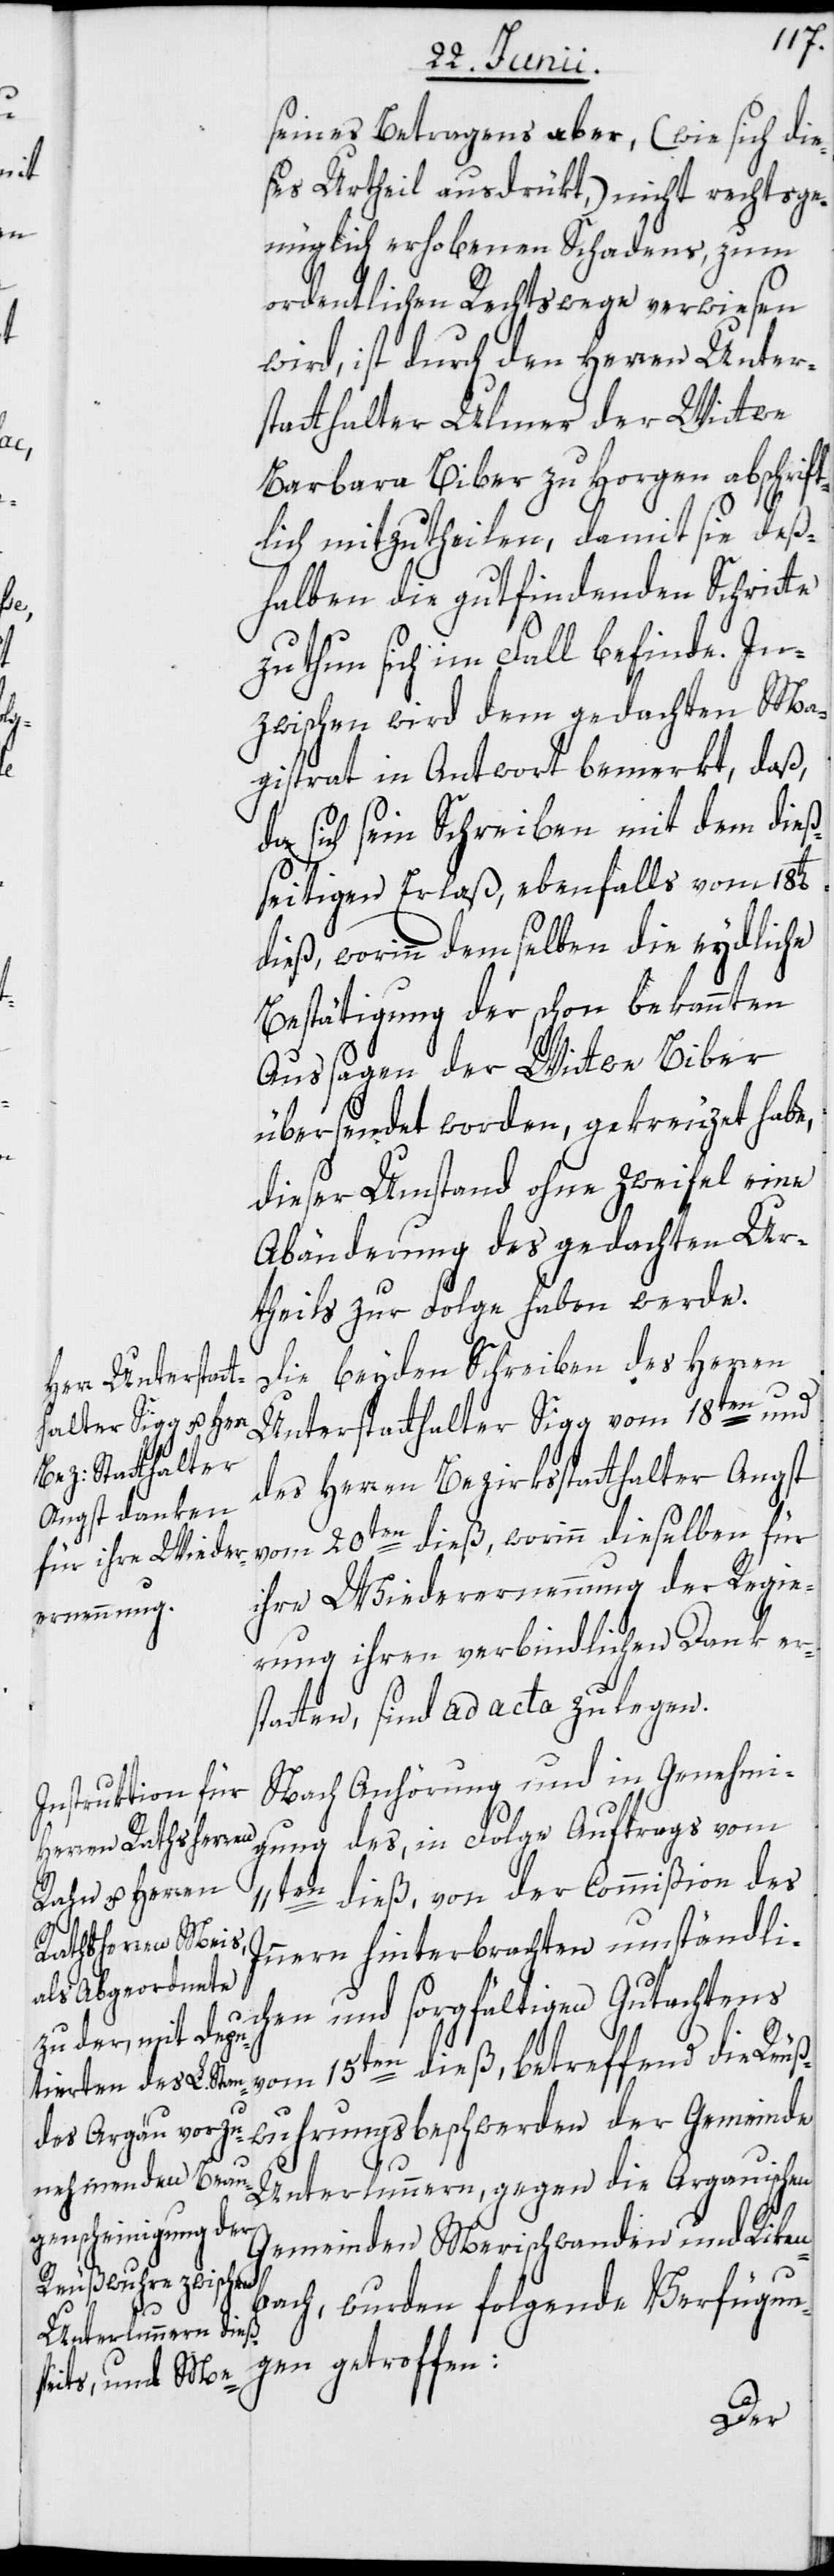
seines Betragens aber, (wie sich die¬
ses Urtheil ausdrükt,) nicht rechtsge¬
nüglich erhobenen Schadens, zum
ordentlichen Rechtswege verwiesen
wird, ist durch den Herren Unter¬
statthalter Ulmer der Wittwe
Barbara Biber zu Horgen abschrift¬
lich mitzutheilen, damit sie deß¬
halben die gutfindenden Schritte
zu thun sich im Fall befinde. In¬
zwischen wird dem gedachten Ma¬
gistrat in Antwort bemerkt, daß,
da sich sein Schreiben mit dem dieß¬
seitigen Erlaß, ebenfalls vom 18t[e¬
dieß, worinn demselben die eydliche
Bestätigung der schon bekannten
Aussagen der Wittwe Biber
übersendet worden, gekreuzet habe,
dieser Umstand ohne Zweifel eine
Abänderung des gedachten Ur¬
theils zur Folge haben werde.
Die beyden Schreiben des Herren
Unterstatthalter Sigg vom 18ten und
des Herren Bezirksstatthalter Angst
vom 20ten dieß, worinn dieselben für
ihre Wiederernennung der Regie¬
rung ihren verbindlichen Dank er¬
statten, sind ad acta zu legen.
Nach Anhörung und in Genehmi¬
gung des, in Folge Auftrags vom
11ten dieß, von der Commißion des
Innern hinterbrachten umständli¬
chen und sorgfältigen Gutachtens
15ten dieß, betreffend die Reuß¬
vom
wuhrungsbeschwerden der Gemeinde
n]
Unterlunnern, gegen die Argauischen
Gemeinden Merischwanden und Riken¬
bach, wurden folgende Verfügun¬
gen getroffen: